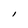
Character: I